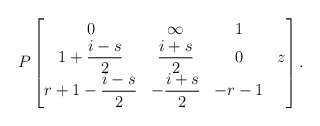
\begin{align*} P\begin{bmatrix} 0 & \infty & 1 & \\ 1+\dfrac{i-s}{2} & \dfrac{i+s}{2} & 0 & z \\ r+1-\dfrac{i-s}{2} & -\dfrac{i+s}{2} & -r-1 & \end{bmatrix}. \end{align*}